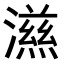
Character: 𭲵